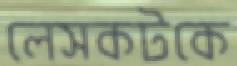
লেসকটকে